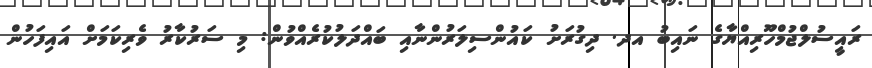
ރައީސުލްޖުމްހޫރިއްޔާގެ ނައިބު އދ. ދިގުރަށު ކައުންސިލަރުންނާއި ބައްދަލުކުރެއްވުން: މި ސަރުކާރު ވެރިކަމަށް އައިފަހުން